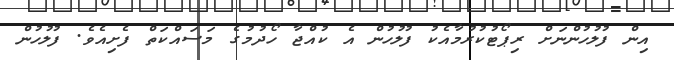
އިން ފުލުހުންނަށް ރިޕޯޓުކުރުމާއެކު ފުލުހުން އެ ކުއްޖާ ހޯދުމުގެ މަސައްކަތް ފެށިއެވެ. ފުލުހުން